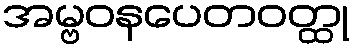
အမ္ဗဝနပေတဝတ္ထု